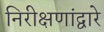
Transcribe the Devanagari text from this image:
निरीक्षणांद्वारे